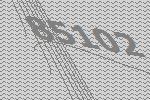
85102